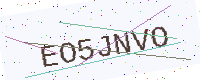
Text: EO5JNVO